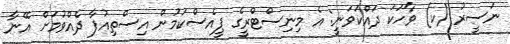
ނަސީރު (ކ) ވާހަކަ ދައްކަވަނީ: އެ މިނިސްޓްރީގެ ޕީއެސްކަމުން އިސްތިއުފާ ދެއްވުމަށް އޭނާ